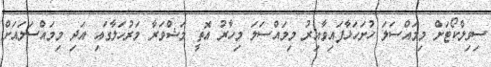
ސިވިލްކޯޓަށް މިމައްސަލަ ހުށަހަޅާފައިވާއިރު މިމައްސަލަ މިހާރު އޮތީ މަޝްވަރާ މަރުހަލާގައި އަދި މިމައްސަލައަށް